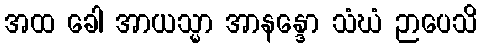
အထ ခေါ အာယသ္မာ အာနန္ဒော သံဃံ ဉာပေသိ